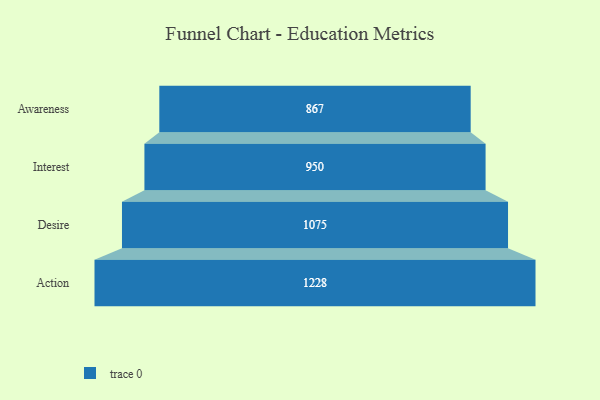
{"axis": {"x": "Stage", "y": "Value"}, "legend": [""], "data": [{"x": "Awareness", "y": 867.0, "type": ""}, {"x": "Interest", "y": 950.0, "type": ""}, {"x": "Desire", "y": 1075.0, "type": ""}, {"x": "Action", "y": 1228.0, "type": ""}]}